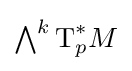
{\textstyle \bigwedge ^{k}{\text{T}}_{p}^{*}M}